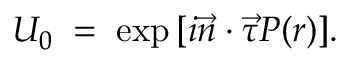
U _ { 0 } \; = \; \exp { [ i \vec { n } \cdot \vec { \tau } P ( r ) ] } .